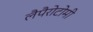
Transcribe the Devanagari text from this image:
लैपैरोटोमी